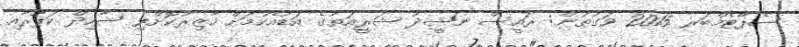
ސެޕްޓެމްބަރ 2015 ވަގުތުން: ރައީސް ނަޝީދު ޝަރީއަތުގެ އަޑުއެހުމަށް ހާޒިރުކޮށްފި ޝާހިދް ކަޕޫރާއި